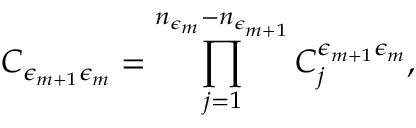
C _ { \epsilon _ { m + 1 } \epsilon _ { m } } = \prod _ { j = 1 } ^ { n _ { \epsilon _ { m } } - n _ { \epsilon _ { m + 1 } } } C _ { j } ^ { \epsilon _ { m + 1 } \epsilon _ { m } } ,